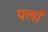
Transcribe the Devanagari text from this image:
पर्ला